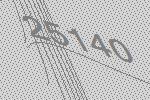
25140